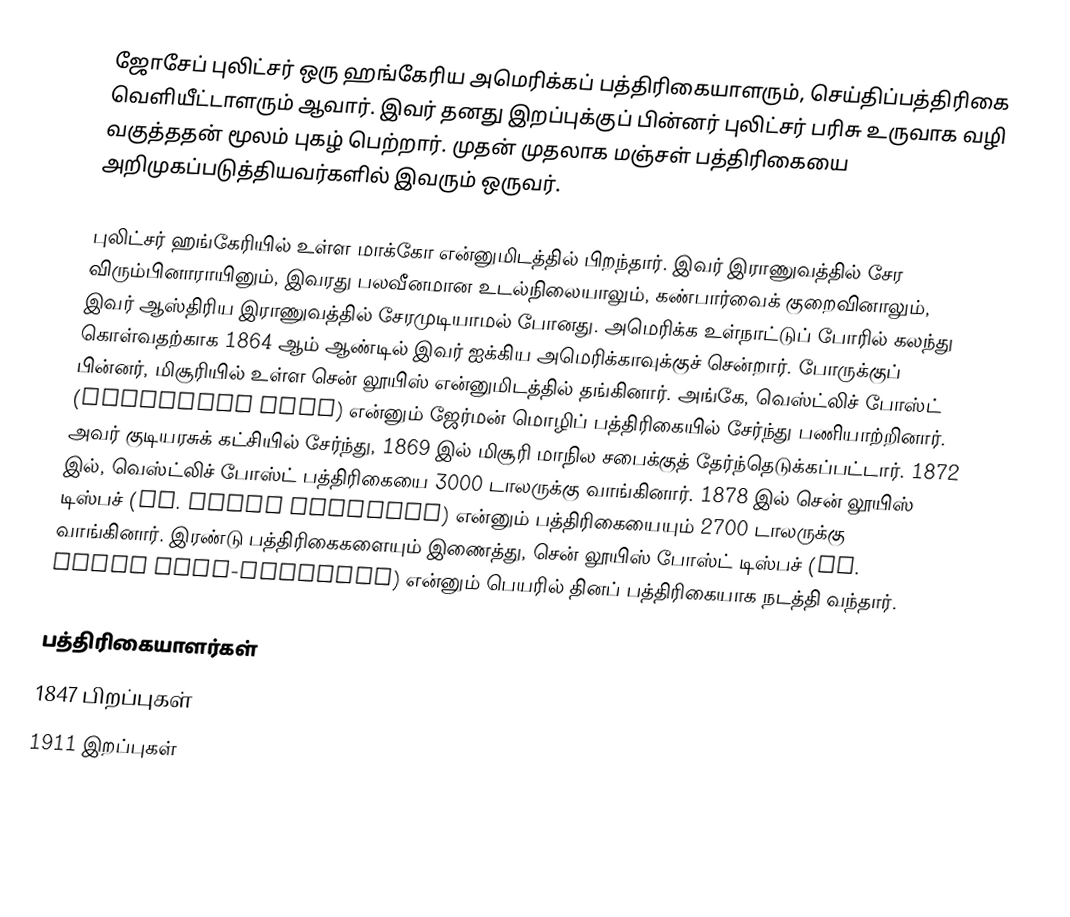
ஜோசேப் புலிட்சர் ஒரு ஹங்கேரிய அமெரிக்கப் பத்திரிகையாளரும், செய்திப்பத்திரிகை வெளியீட்டாளரும் ஆவார். இவர் தனது இறப்புக்குப் பின்னர் புலிட்சர் பரிசு உருவாக வழி வகுத்ததன் மூலம் புகழ் பெற்றார். முதன் முதலாக மஞ்சள் பத்திரிகையை அறிமுகப்படுத்தியவர்களில் இவரும் ஒருவர்.

புலிட்சர் ஹங்கேரியில் உள்ள மாக்கோ என்னுமிடத்தில் பிறந்தார். இவர் இராணுவத்தில் சேர விரும்பினாராயினும், இவரது பலவீனமான உடல்நிலையாலும், கண்பார்வைக் குறைவினாலும், இவர் ஆஸ்திரிய இராணுவத்தில் சேரமுடியாமல் போனது. அமெரிக்க உள்நாட்டுப் போரில் கலந்து கொள்வதற்காக 1864 ஆம் ஆண்டில் இவர் ஐக்கிய அமெரிக்காவுக்குச் சென்றார். போருக்குப் பின்னர், மிசூரியில் உள்ள சென் லூயிஸ் என்னுமிடத்தில் தங்கினார். அங்கே, வெஸ்ட்லிச் போஸ்ட் (Westliche Post) என்னும் ஜேர்மன் மொழிப் பத்திரிகையில் சேர்ந்து பணியாற்றினார். அவர் குடியரசுக் கட்சியில் சேர்ந்து, 1869 இல் மிசூரி மாநில சபைக்குத் தேர்ந்தெடுக்கப்பட்டார். 1872 இல், வெஸ்ட்லிச் போஸ்ட் பத்திரிகையை 3000 டாலருக்கு வாங்கினார். 1878 இல் சென் லூயிஸ் டிஸ்பச் (St. Louis Dispatch) என்னும் பத்திரிகையையும் 2700 டாலருக்கு வாங்கினார். இரண்டு பத்திரிகைகளையும் இணைத்து, சென் லூயிஸ் போஸ்ட் டிஸ்பச் (St. Louis Post-Dispatch) என்னும் பெயரில் தினப் பத்திரிகையாக நடத்தி வந்தார்.

பத்திரிகையாளர்கள்
1847 பிறப்புகள்
1911 இறப்புகள்